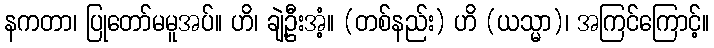
နကတာ၊ ပြုတော်မမူအပ်။ ဟိ၊ ချဲ့ဦးအံ့။ (တစ်နည်း) ဟိ (ယသ္မာ)၊ အကြင်ကြောင့်။